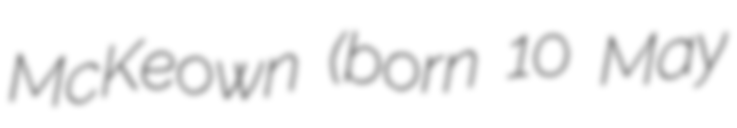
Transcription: McKeown (born 10 May